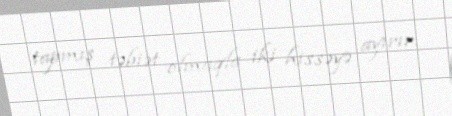
tapmış təbiət olmaqla iki hissəyə ayırır.